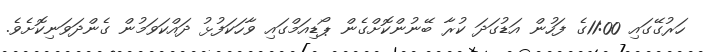
ހަރުގޭގައި 11:00ގެ ފަހުން އަޑުގަދަ ކުރާ ބޭނުންކޮށްގެން ޕޯޑިއަމްގައި ވާހަކަފުޅު ދައްކަވަމުން ގެންދަވަނިކޮށެވެ.